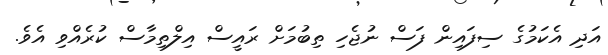
އަދި އެކަމުގެ ސިފައިން ފަސް ނުޖެހި ތިބުމަށް ރައީސް އިލްތިމާސް ކުރެއްވި އެވެ.